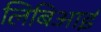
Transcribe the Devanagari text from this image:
लिबिआई